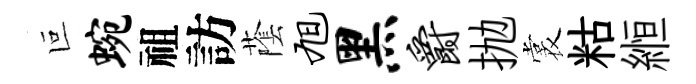
叵蜿祖訪䕃旭黑爵抛裳䊀縆